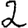
Digit: 2